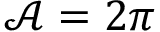
\mathcal { A } = 2 \pi